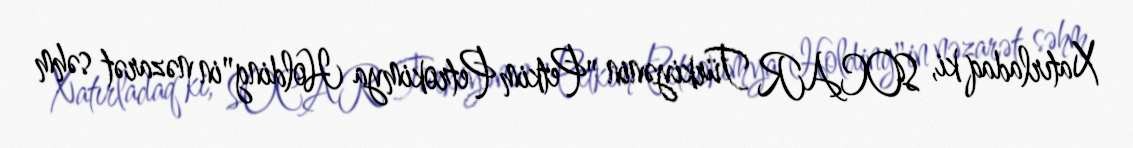
Xatırladaq ki, SOCAR Türkiyənin "Petkim Petrokimya Holding"in nəzarət səhm